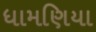
ધામણિયા